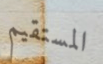
المستقيم